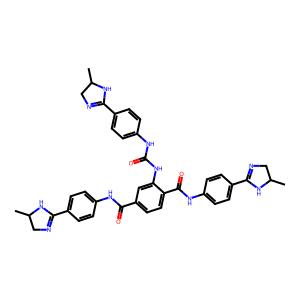
SMILES: CC1CN=C(c2ccc(NC(=O)Nc3cc(C(=O)Nc4ccc(C5=NCC(C)N5)cc4)ccc3C(=O)Nc3ccc(C4=NCC(C)N4)cc3)cc2)N1
Inhibits HIV replication: No